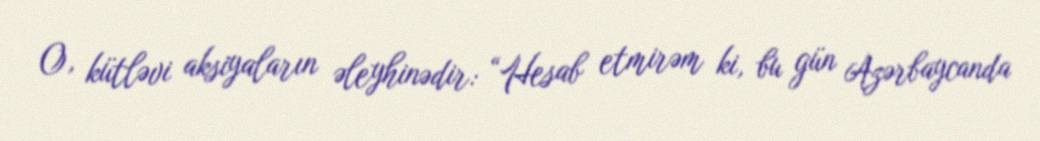
O, kütləvi aksiyaların əleyhinədir: “Hesab etmirəm ki, bu gün Azərbaycanda